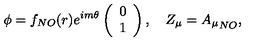
\phi = f _ { N O } ( r ) e ^ { i m \theta } \left( \begin{array} { c } { 0 } \\ { 1 } \\ \end{array} \right) , \quad Z _ { \mu } = { A _ { \mu } } _ { N O } ,